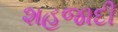
શહજાદી